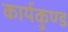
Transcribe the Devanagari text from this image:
कार्यकुण्ड